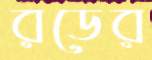
রডের